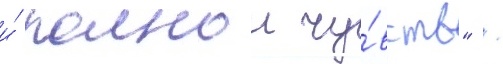
и́ полнои чу́вств" /